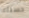
حسناء